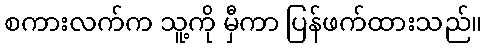
စကားလက်က သူ့ကို မှီကာ ပြန်ဖက်ထားသည်။